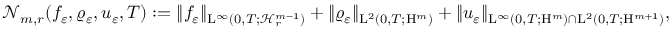
\begin{array} { r } { \mathcal { N } _ { m , r } ( f _ { \varepsilon } , \varrho _ { \varepsilon } , u _ { \varepsilon } , T ) : = \Vert f _ { \varepsilon } \Vert _ { \mathrm { L } ^ { \infty } \left( 0 , T ; \mathcal { H } _ { r } ^ { m - 1 } \right) } + \Vert \varrho _ { \varepsilon } \Vert _ { \mathrm { L } ^ { 2 } ( 0 , T ; \mathrm { H } ^ { m } ) } + \Vert u _ { \varepsilon } \Vert _ { \mathrm { L } ^ { \infty } ( 0 , T ; \mathrm { H } ^ { m } ) \cap \mathrm { L } ^ { 2 } ( 0 , T ; \mathrm { H } ^ { m + 1 } ) } , } \end{array}